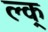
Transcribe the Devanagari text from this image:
ल्क्